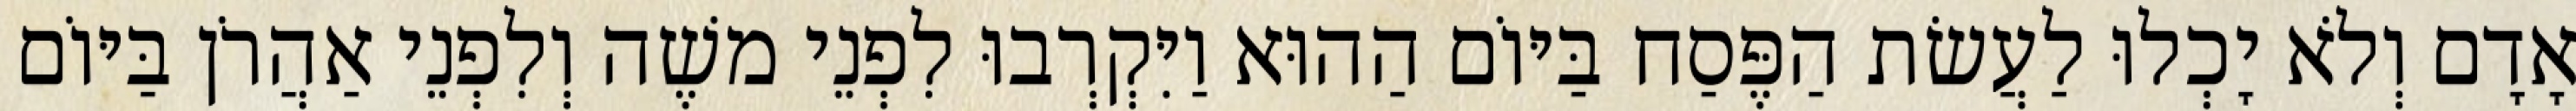
אָדָם וְלֹא יָכְלוּ לַעֲשׂת הַפֶּסַח בַּיּוֹם הַהוּא וַיִּקְרְבוּ לִפְנֵי משֶׁה וְלִפְנֵי אַהֲרֹן בַּיּוֹם